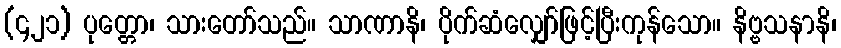
(၄၂၁) ပုတ္တော၊ သားတော်သည်။ သာဏာနိ၊ ပိုက်ဆံလျှော်ဖြင့်ပြီးကုန်သော။ နိဗ္ဗသနာနိ၊